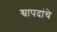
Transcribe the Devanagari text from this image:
श्वापदांचे